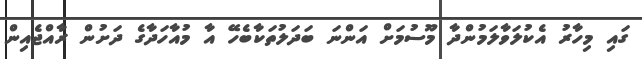
ގައި މިހާރު އެކުލަވާލަމުންދާ މޫސުމަށް އަންނަ ބަދަލުތަކާބެހޭ އާ މުއާހަދާގެ ދަށުން ރާއްޖެއިން